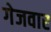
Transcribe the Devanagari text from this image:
गेजवार